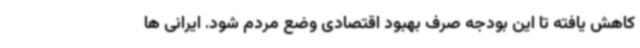
کاهش یافته تا این بودجه صرف بهبود اقتصادی وضع مردم شود. ایرانی ها